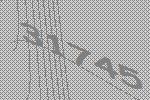
31745